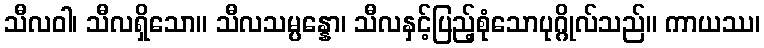
သီလဝါ၊ သီလရှိသော။ သီလသမ္ပန္နော၊ သီလနှင့်ပြည့်စုံသောပုဂ္ဂိုလ်သည်။ ကာယဿ၊